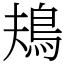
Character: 鳺